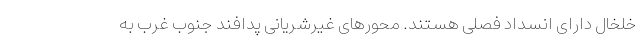
خلخال دارای انسداد فصلی هستند. محورهای غیرشریانی پدافند جنوب غرب به